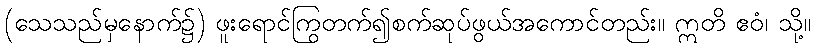
(သေသည်မှနောက်၌) ဖူးရောင်ကြွတက်၍စက်ဆုပ်ဖွယ်အကောင်တည်း။ ဣတိ ဧဝံ၊ သို့။